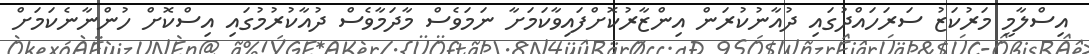
އިސްލާމީ މަރުކަޒު ސަރަހައްދުގައި ދުއާނުކުރަން އިންޒާރުކޮށްފައިވާކަމަށާ ނަމަވެސް މާދަމާވެސް ދުއާކުރުމުގައި އިސްކޮށް ހުންނާނެކަމަށް